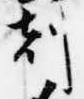
刻